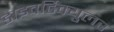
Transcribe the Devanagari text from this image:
डाइवर्टिक्युलर